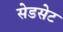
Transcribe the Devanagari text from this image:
सेडसेट